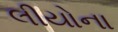
લીયોના